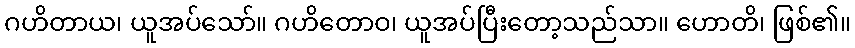
ဂဟိတာယ၊ ယူအပ်သော်။ ဂဟိတောဝ၊ ယူအပ်ပြီးတော့သည်သာ။ ဟောတိ၊ ဖြစ်၏။